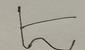
Signature authenticity: forged